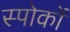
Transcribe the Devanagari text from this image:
स्पोकों